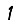
Digit: 1